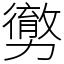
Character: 勶